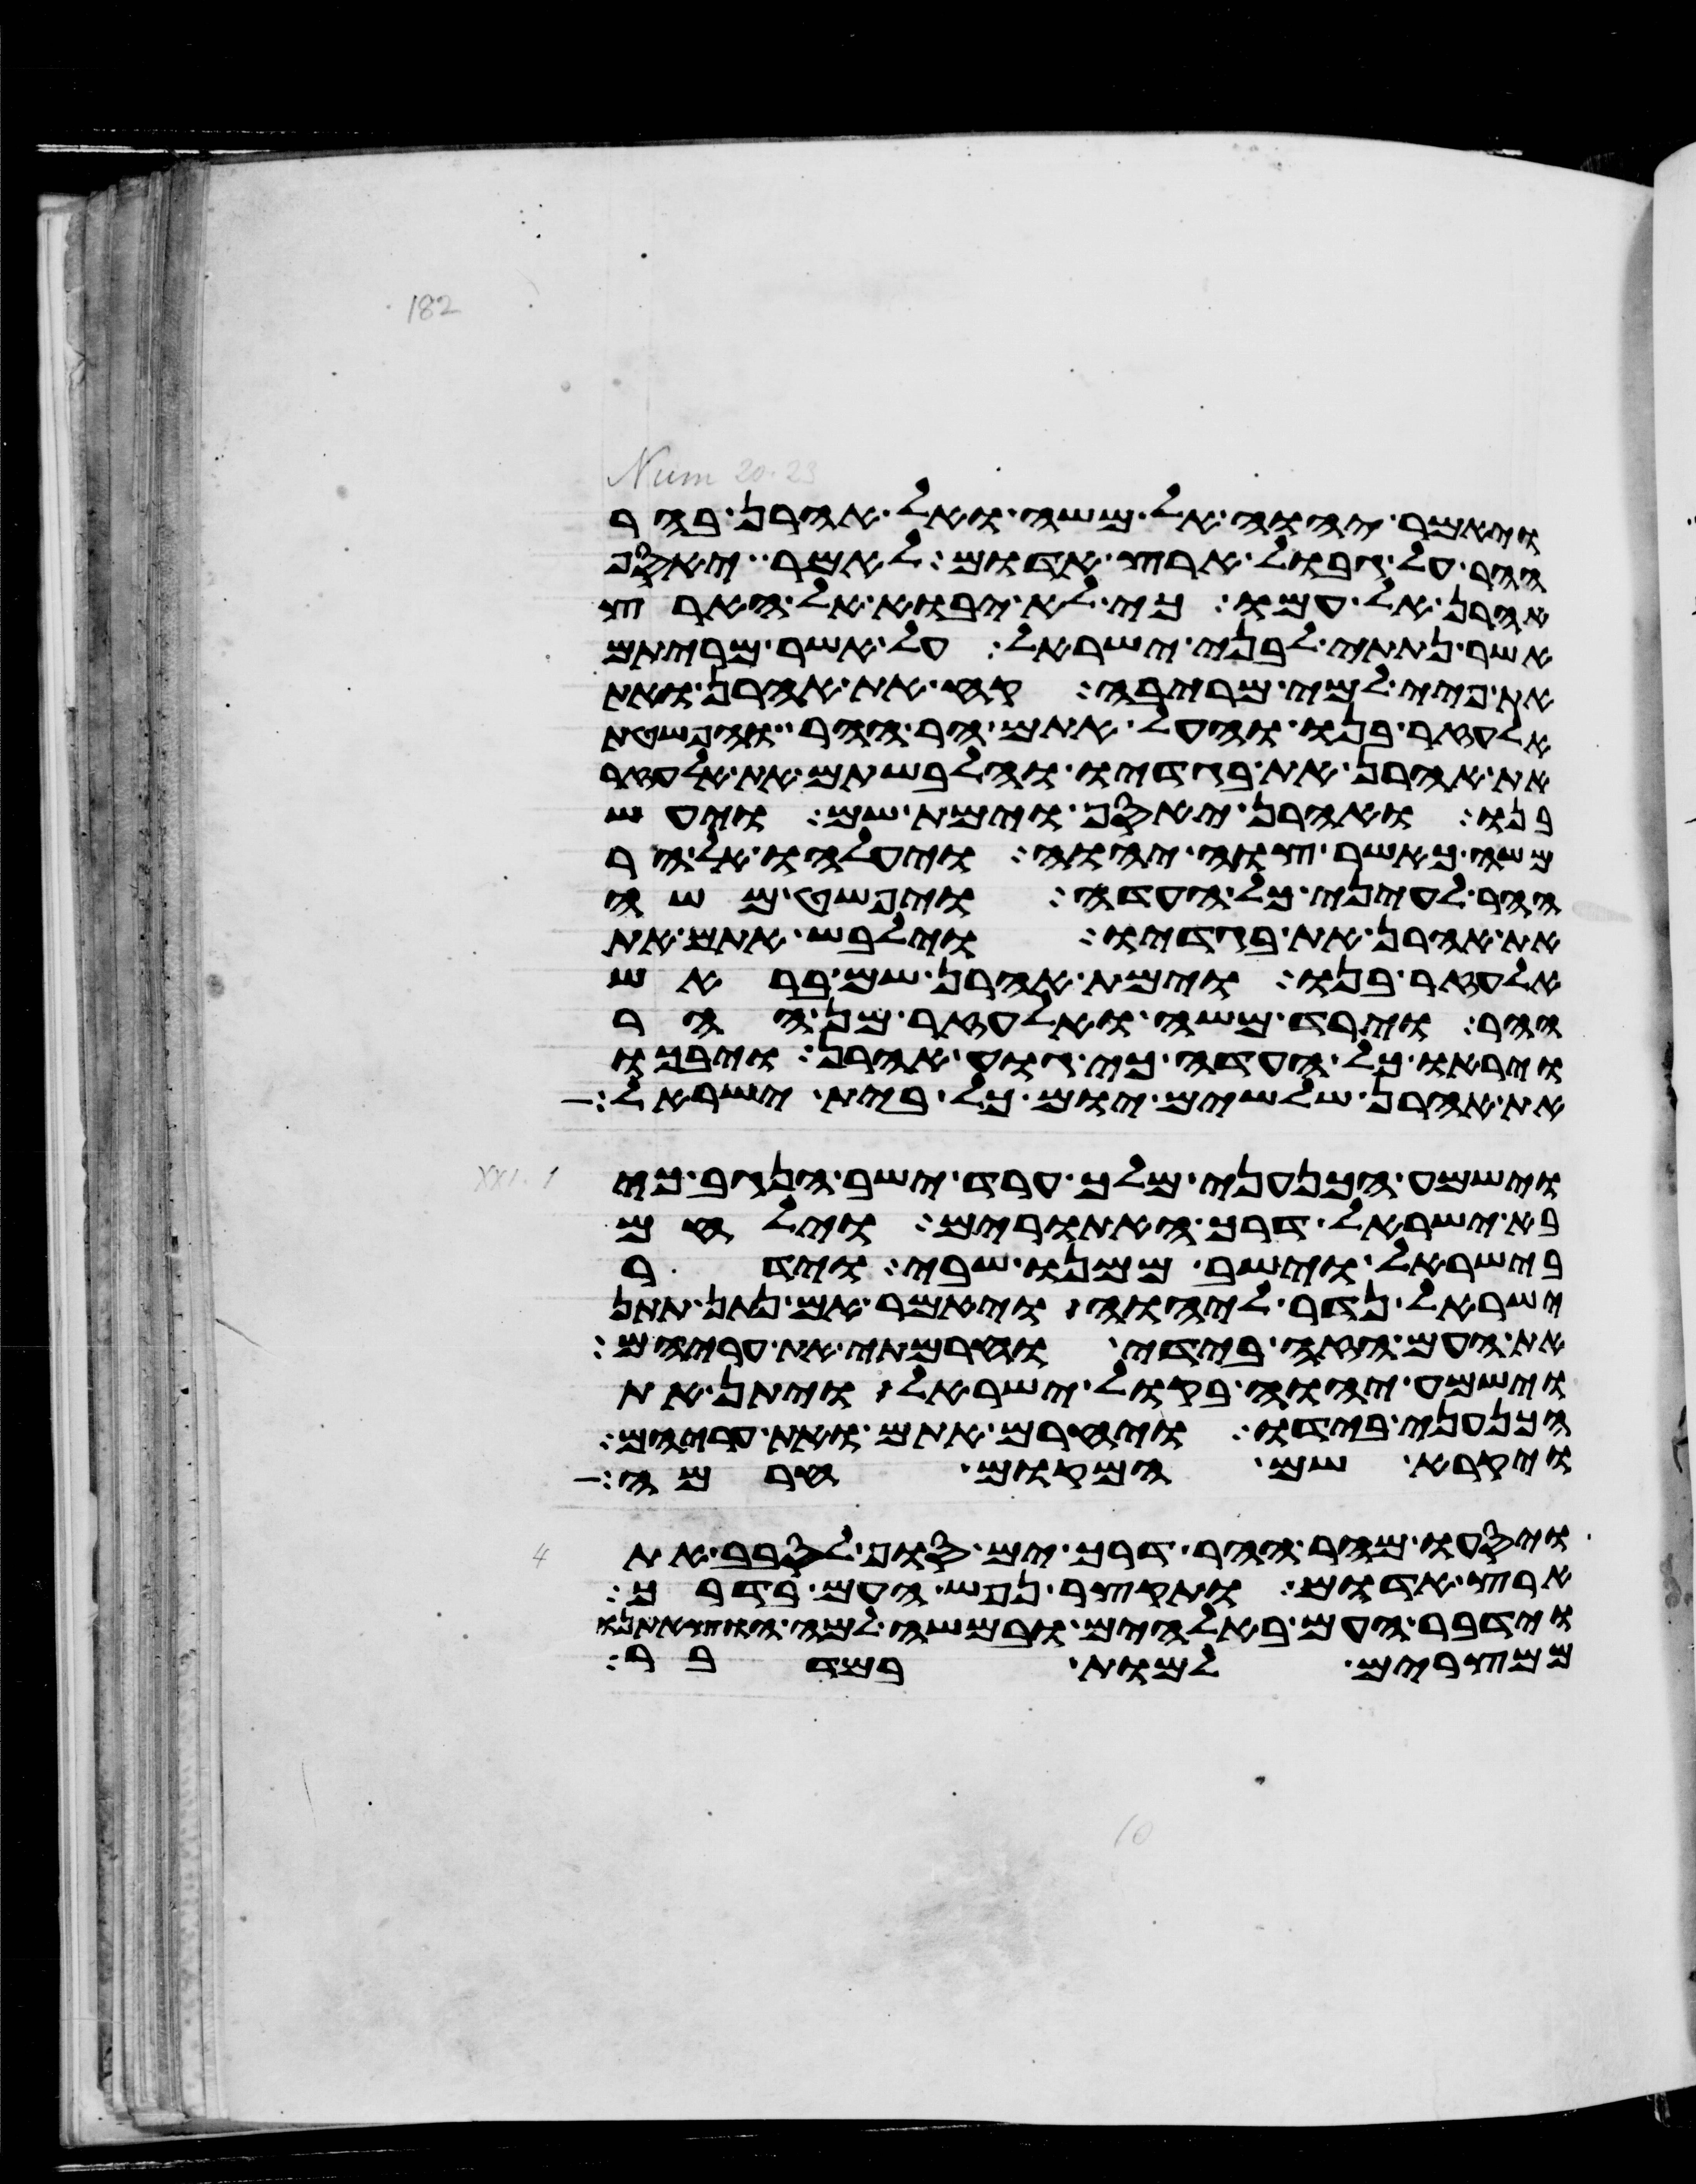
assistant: ויאמר יהוה אל משה ואל אהרן בהר
ההר על גבול ארץ אדום לאמר יאסף
אהרן אל עמו כי לא יבוא אל הארץ
אשר נתתי לבני ישראל על אשר מריתם
את פיי למי מריבה קח את אהרן ואת
אלעזר בנו והעל אתם הר ההר והפשטת
את אהרן את בגדיו והלבשתם את אלעזר
בנו ואהרן יאסף וימת שם ויעש
משה כאשר צוה יהוה ויעלהו אל הר
ההר לעיני כל העדה ויפשט משה
את אהרן את בגדיו וילבש אתם את
אלעזר בנו וימת אהרן שם בראש
ההר וירד משה ואלעזר מן ההר
ויראו כל העדה כי גוע אהרן ויבכו
את אהרן שלשים יום כל בית ישראל
וישמע הכנעני מלך ערד ישב הנגב כי
בא ישראל דרך האתורים וילחם
בישראל וישב ממנו שבי וידר
ישראל נדר ליהוה ויאמר אם נתון תתן
את העם הזה בידי וחרמתי את עריהם
וישמע יהוה בקול ישראל ויתן את
הכנעני בידו ויחרם אתם ואת עריהם
ויקרא שם המקום חרמה
ויסעו מהר ההר דרך ים סוף לסבב את
ארץ אדום ותקצר נפש העם בדרך
וידבר העם באלהים ובמשה למה הוצאתנו
ממצרים למות במדבר